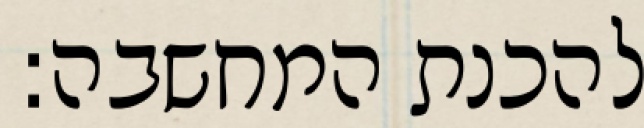
להכנת המחשבה: